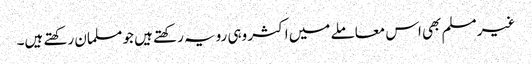
غیر مسلم بھی اس معاملے میں اکثر وہی رویہ رکھتے ہیں جو مسلمان رکھتے ہیں۔